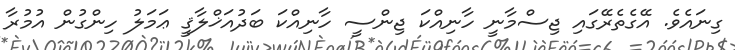
ގިނައެވެ. އޭގެތެރޭގައި ޖިސްމާނީ ހާނިއްކަ ޖިންސީ ހާނިއްކަ ބަދުއަޚްލާޤީ ޢަމަލު ހިންގުން އުމުރާ